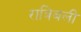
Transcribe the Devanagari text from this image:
रात्रिबली